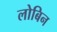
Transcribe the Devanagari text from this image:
लोबिन